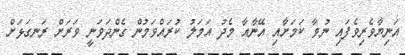
އަނިޔާވެރިވެފައި ނުވާ ކަމަށާއި އޭނާއާ މެދު އަމަލު ކުރައްވަމުން ގެންދަވަނީ ވަރަށް ރަނގަޅަށް